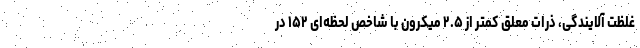
غلظت آلایندگی، ذرات معلق کمتر از ۲.۵ میکرون با شاخص لحظه‌ای ۱۵۲ در